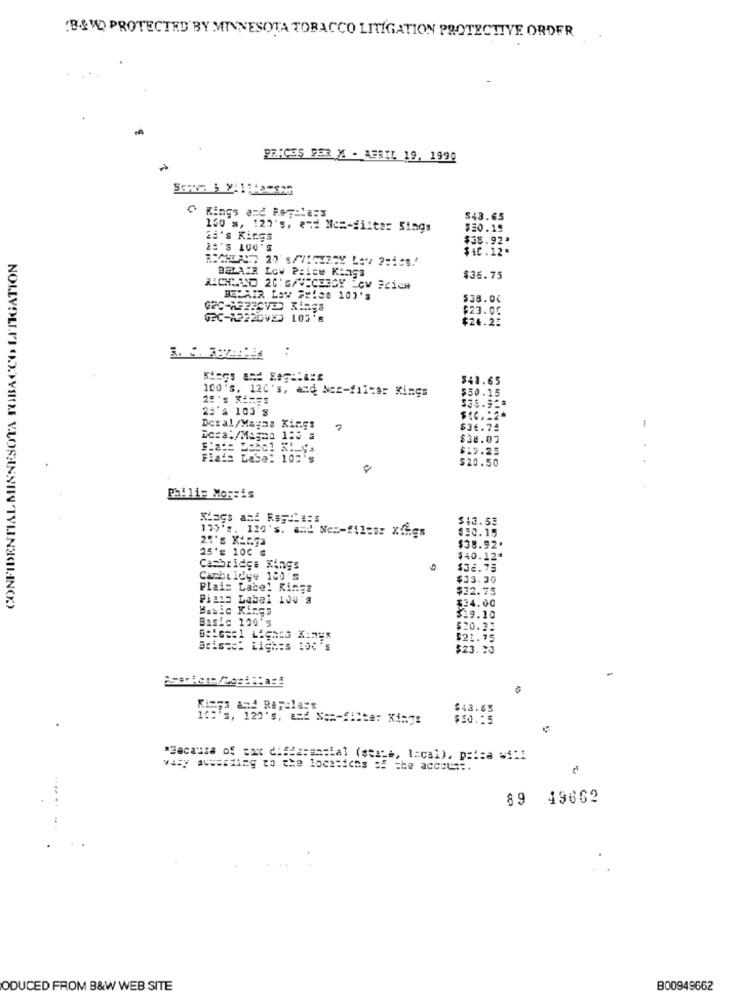
BLVD PROTECTED BY MINNESOTA TOBACCO LITIGATION PROTECTIVE ORDER
PRICES 9ER X - ABRIL 19, 1990
Kings and Pamela:3
543.65
150 x, 127's, and Nc =- filter Sings
$30.19
25's Kings
$38.92*
2#'S LU0'S
$40.12.
CONFIDENTIAL MINNESOTA TOBACCO LITIGATION
DETAIR Low Price Kings
$36.75
BELAIR Low Price 107's
$38.00
$23.00
G2C-82220VED 103'
$24.25
..
$41.65
100 's, 120's, and Ner-filter Kings
$50.15
26 'S 100'S
$35.923
$10.12*
Dcxal/Magna Kings
7
$36.74
1
$38.02
$19.25
Flada Label 105's
$20.50
Philip Morris
$13.55
175's. 120's, and Nez-files: Xfigs
$30.15
25's 100 €
$38.92.
$40.12ª
Cambridge Kings
$32.75
Cambi I2'ye 180's
$33.30
Plais Label Ringa
$22.75
Piano Label 103'3
$34.00
Basic Kings
Basic 200's
$19.10
$20.33
$21.75
Bristet Liches 10C's
$23.23
&d Repelars
$43.63
id:'5, 120's, and No =- filter Kings
$50.15
"Because of sax differensial (sexta, lacal). paisa wi !!
wasy aussiding to the locations of the account.
89 49662
ODUCED FROM B&W WEB SITE
B00949662